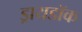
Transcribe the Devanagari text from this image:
ड्रायडॉक